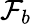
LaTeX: \mathcal{F}_{b}